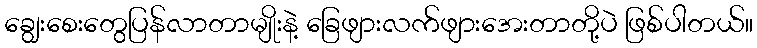
ချွေးစေးတွေပြန်လာတာမျိုးနဲ့ ခြေဖျားလက်ဖျားအေးတာတို့ပဲ ဖြစ်ပါတယ်။